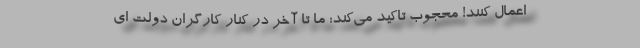
اعمال کنند! محجوب تاکید می‌کند: ما تا آخر در کنار کارگران دولت ای